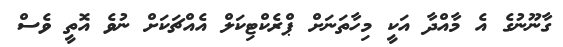
ގާނޫނުގެ އެ މާއްދާ އަކީ މިހާތަނަށް ޕްރެކްޓިކަލް އެއްޗަކަށް ނުވެ އޮތީ ވެސް